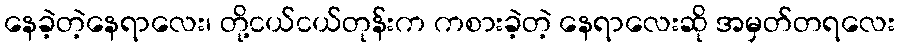
နေခဲ့တဲ့နေရာလေး၊ တို့ငယ်ငယ်တုန်းက ကစားခဲ့တဲ့ နေရာလေးဆို အမှတ်တရလေး